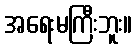
အရေးမကြီးဘူး။